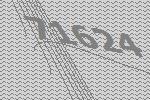
71624